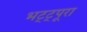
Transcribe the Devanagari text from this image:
भट्ट्पूरा